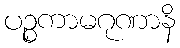
ပဉ္စကာမဂုဏာနိ